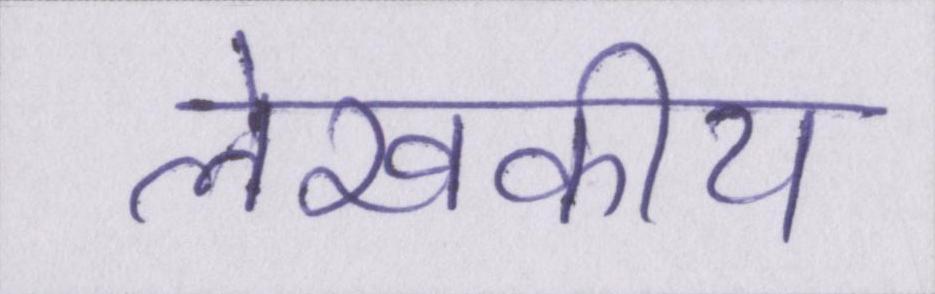
लेखकीय